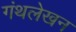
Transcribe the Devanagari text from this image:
गंथलेखन